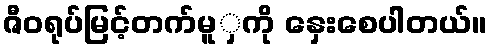
ဇီဝရုပ်မြင့်တက်မူှကို နှေးစေပါတယ်။